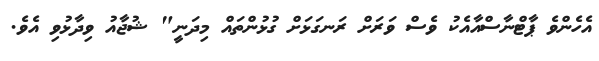
އެހެންވެ ޕާޓްނާސްއާއެކު ވެސް ވަރަށް ރަނގަޅަށް ގުޅުންތައް މިދަނީ" ޝުޖާއު ވިދާޅުވި އެވެ.